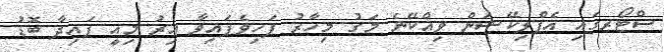
ސްޓޯރގައި އެޕްލިކޭޝަން ވިއްކޭނެ މަގު މިހާރު ފަހިވެފައިވާ އިރު މިއީ ފައިދާ ބޮޑު